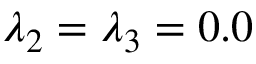
\lambda _ { 2 } = \lambda _ { 3 } = 0 . 0